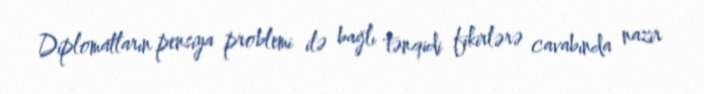
Diplomatların pensiya problemi ilə bağlı tənqidi fikirlərə cavabında nazir